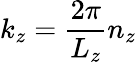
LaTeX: k_{z}=\frac{2\pi}{L_{z}}n_{z}